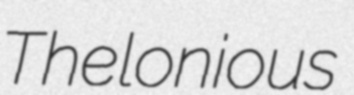
Thelonious